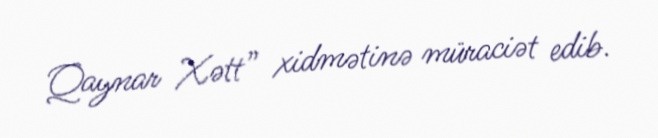
Qaynar Xətt” xidmətinə müraciət edib.